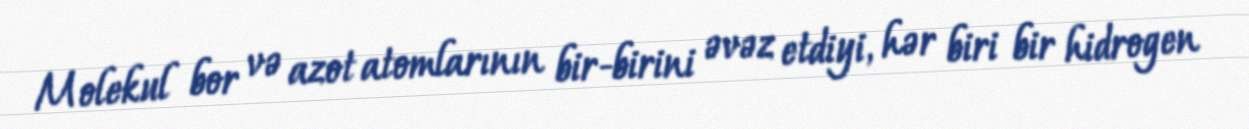
Molekul bor və azot atomlarının bir-birini əvəz etdiyi, hər biri bir hidrogen